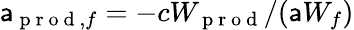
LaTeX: \mathsf{a}_{\mathrm{{~p~r~o~d~}},f}=-cW_{\mathrm{{~p~r~o~d~}}}/(\mathsf{a}W_{f})